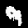
Label: 9